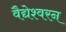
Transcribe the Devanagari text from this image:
वैद्येश्वरन